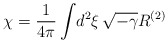
\begin{align*}\chi = {1\over4\pi} \int\! d^2\xi\, \sqrt{-\gamma}R^{(2)}\end{align*}